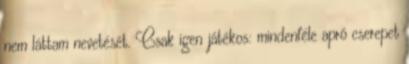
nem láttam nevetését. Csak igen játékos: mindenféle apró cserepet